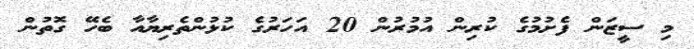
މި ސީޒަން ފެށުމުގެ ކުރިން އުމުރުން 20 އަހަރުގެ ކުޅުންތެރިޔާއާ ބެހޭ ގޮތުން